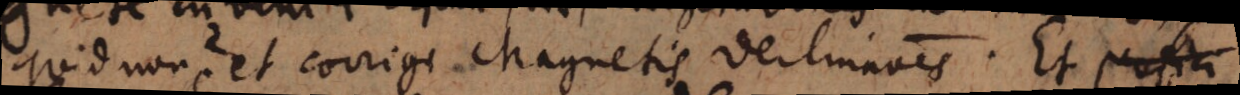
quid non? et corrigi Magnetis declinationes. Et perfici